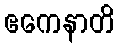
ဧကေနာတိ